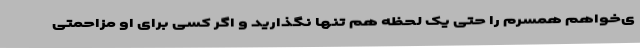
ی‌خواهم همسرم را حتی یک لحظه هم تنها نگذارید و اگر کسی برای او مزاحمتی